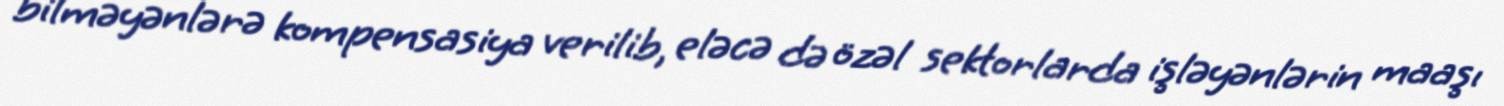
bilməyənlərə kompensasiya verilib, eləcə də özəl sektorlarda işləyənlərin maaşı